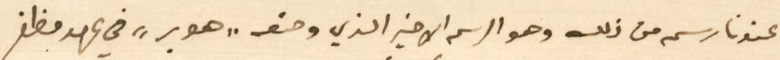
عندنا رسم من ذلك وهو الرسم الاخير الذي وضعه "هوبر" في عهد مظفر